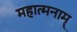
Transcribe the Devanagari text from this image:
महात्मनाम्